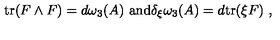
\mathrm { t r } ( F \wedge F ) = d \omega _ { 3 } ( A ) \ \mathrm { a n d } \delta _ { \xi } \omega _ { 3 } ( A ) = d \mathrm { t r } ( \xi F ) \ ,